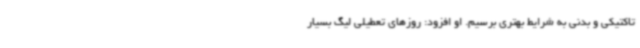
تاکتیکی و بدنی به شرایط بهتری برسیم. او افزود: روزهای تعطیلی لیگ بسیار